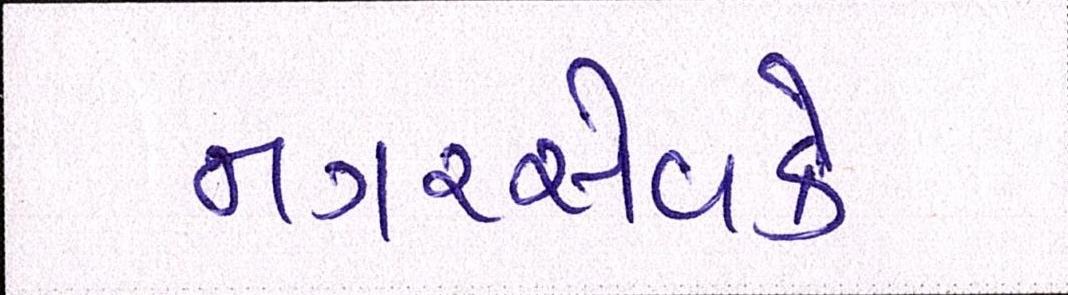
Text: નગરસેવકે